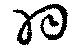
羽